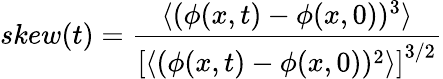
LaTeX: skew(t)=\frac{\langle(\phi(x,t)-\phi(x,0))^{3}\rangle}{\left[\langle(\phi(x,t)-\phi(x,0))^{2}\rangle\right]^{3/2}}